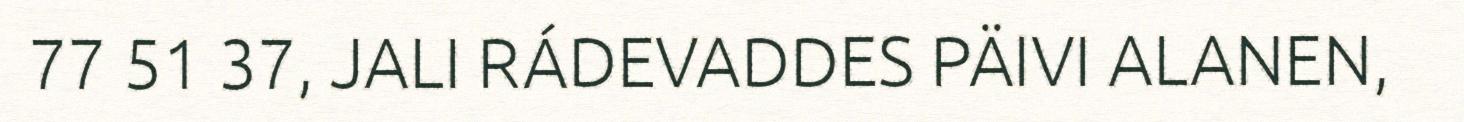
77 51 37, JALI RÁDEVADDES PÄIVI ALANEN,